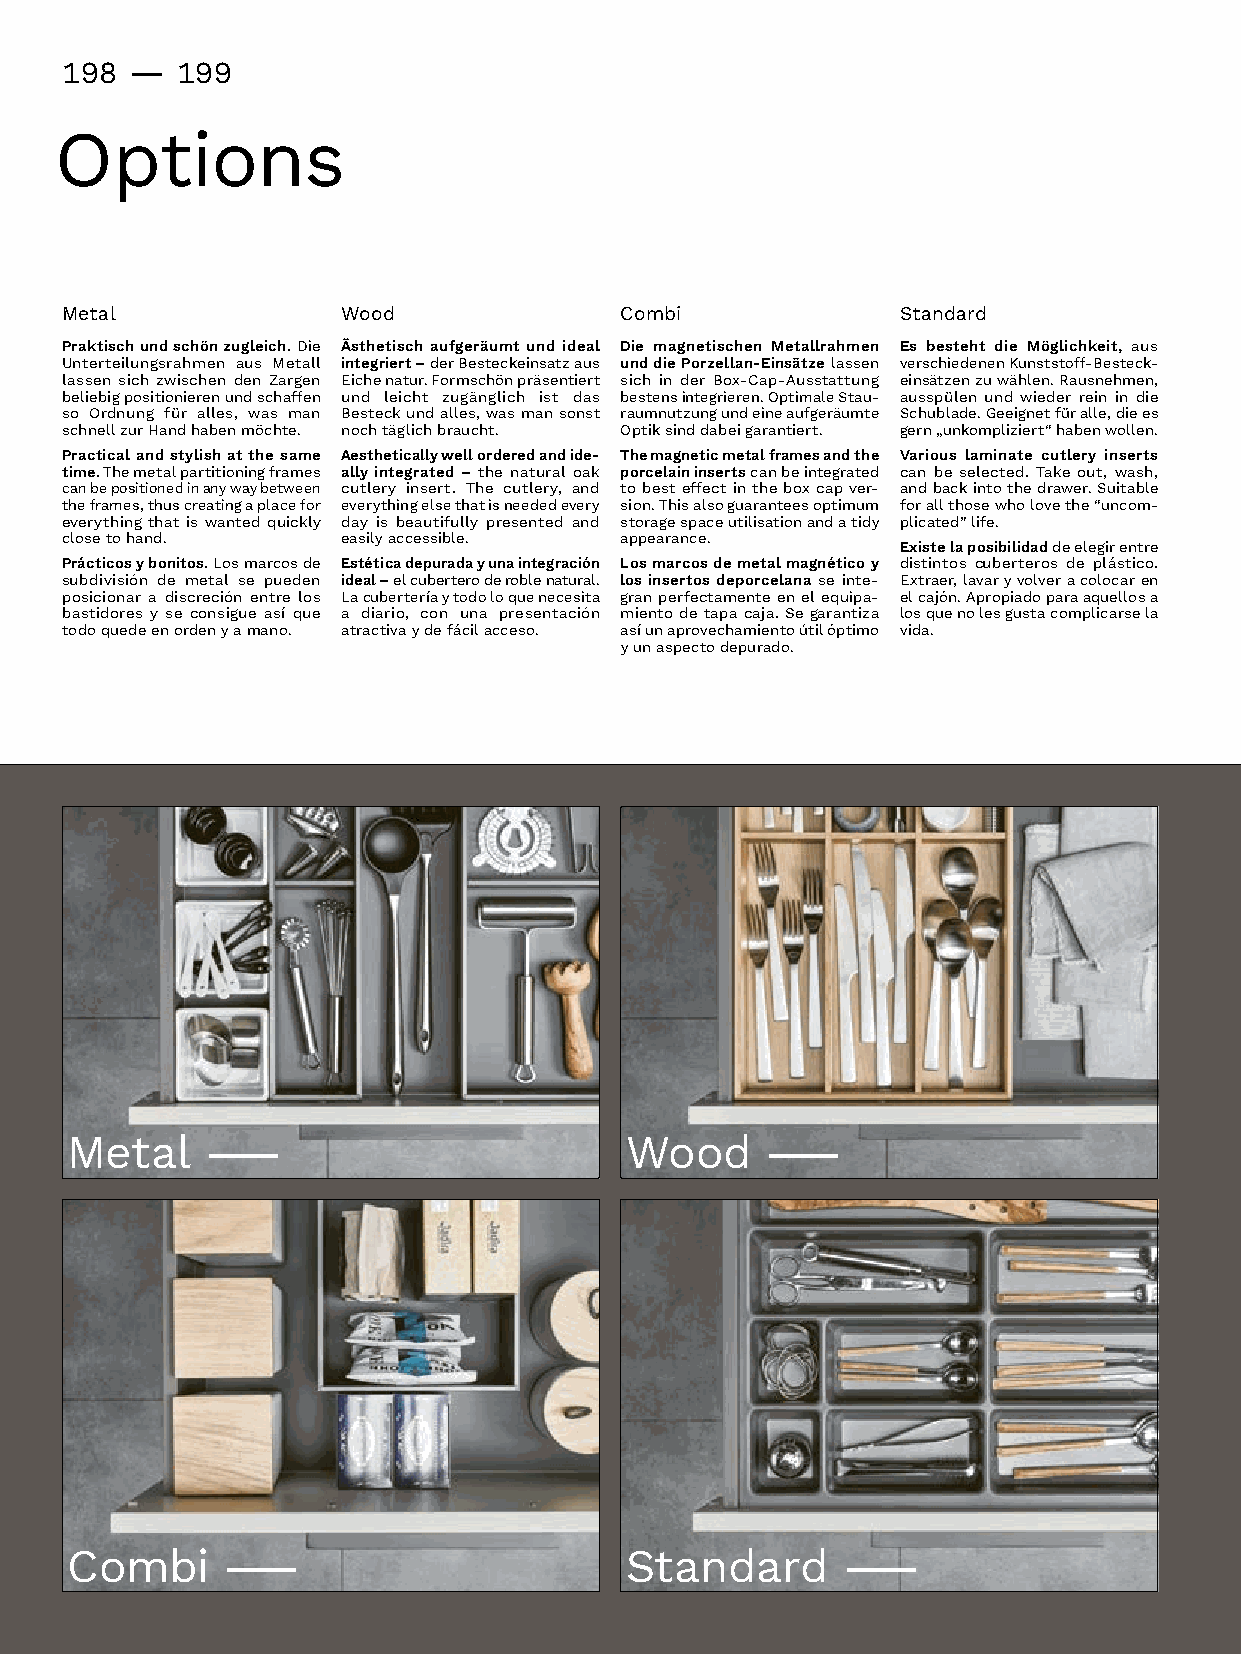
198 -   199
 Options
 Metal              Wood              Combi              Standard
 Praktisch und schön zugleich. Die Ästhetisch aufgeräumt und ideal Die magnetischen Metallrahmen Es besteht die Möglichkeit, aus
 UnterteilungsrahmenausMetall integriert –derBesteckeinsatzaus und die Porzellan-Einsätze lassen verschiedenenKunststoff-Besteck-
 lassensichzwischendenZargen Eichenatur.Formschönpräsentiert sich in der Box-Cap-Ausstattung einsätzenzuwählen.Rausnehmen,
 beliebigpositionierenundschaffen und leicht zugänglich ist das bestensintegrieren.OptimaleStau- ausspülenundwiederreinindie
 soOrdnungfüralles,wasman Besteckundalles,wasmansonst raumnutzungundeineaufgeräumte Schublade.Geeignetfüralle,diees
 schnellzurHandhabenmöchte. nochtäglichbraucht. Optiksinddabeigarantiert. gern„unkompliziert“habenwollen.
 Practical and stylish at the same Aesthetically well ordered and ide- The magnetic metal frames and the Various laminate cutlery inserts
 time. The metal partitioning frames ally integrated – the natural oak porcelain insertscanbeintegrated canbeselected.Takeout,wash,
 canbepositionedinanywaybetween cutleryinsert.Thecutlery,and tobesteffectintheboxcapver- andbackintothedrawer.Suitable
 theframes,thuscreatingaplacefor everythingelsethatisneededevery sion.Thisalsoguaranteesoptimum forallthosewholovethe“uncom-
 everythingthatiswantedquickly dayisbeautifullypresentedand storagespaceutilisationandatidy plicated”life.
 closetohand.    easilyaccessible. appearance.
 Existe la posibilidad de elegir entre
 Prácticos y bonitos. Los marcos de Estética depurada y una integración Los marcos de metal magnético y distintoscuberterosdeplástico.
 subdivisióndemetalsepueden ideal –elcuberteroderoblenatural. los insertos deporcelana se inte- Extraer,lavaryvolveracolocaren
 posicionaradiscreciónentrelos Lacuberteríaytodoloquenecesita gran perfectamente en el equipa- elcajón.Apropiadoparaaquellosa
 bastidoresyseconsigueasíque a diario, con una presentación mientodetapacaja.Segarantiza los que no les gusta complicarse la
 todoquedeenordenyamano. atractivaydefácilacceso. asíunaprovechamientoútilóptimo vida.
 yunaspectodepurado.
 Metal–                              Wood     –
 Combi–                              Standard      –